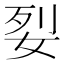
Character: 姴